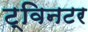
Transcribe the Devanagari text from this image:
ट्विनटर